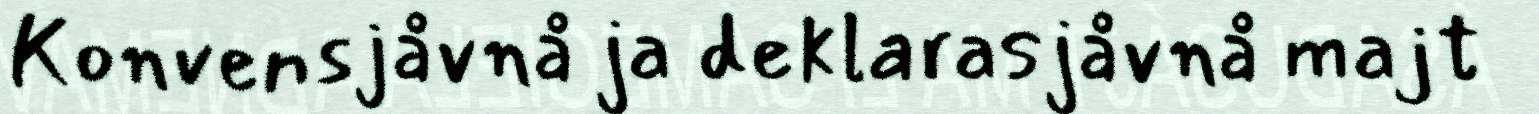
Konvensjåvnå ja deklarasjåvnå majt